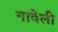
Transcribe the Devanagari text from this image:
नावेली